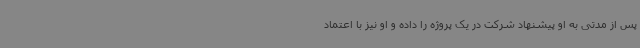
پس از مدتی به او پیشنهاد شرکت در یک پروژه را داده و او نیز با اعتماد